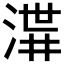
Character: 𱧋